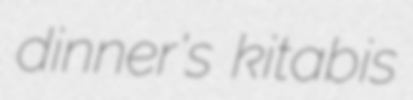
dinner's kitabis